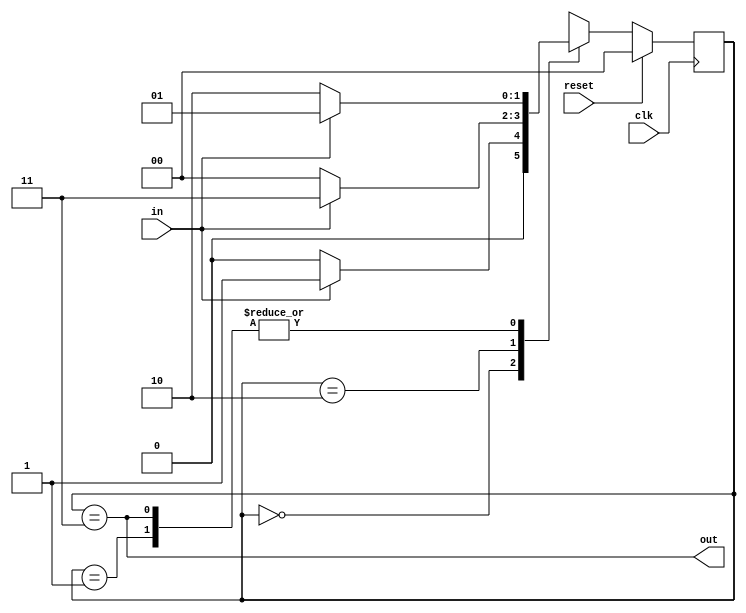
module top_module(
    input clk,
    input in,
    input reset,
    output out); //
    parameter A = 0, B=1,C=2,D=3;
    reg [1:0] state, next_state;
    // State transition logic
    always @(*) begin
        case(state)
            A : next_state = in ? B : A;
            B : next_state = in ? B : C;
            C : next_state = in ? D : A;
            D : next_state = in ? B : C;
        endcase
    end
    // State flip-flops with asynchronous reset
    always @(posedge clk) begin
        if (reset) state <= A;
        else state <= next_state;
    end
    // Output logic
    assign out = (state == D);
endmodule